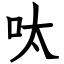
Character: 呔